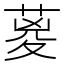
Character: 葼